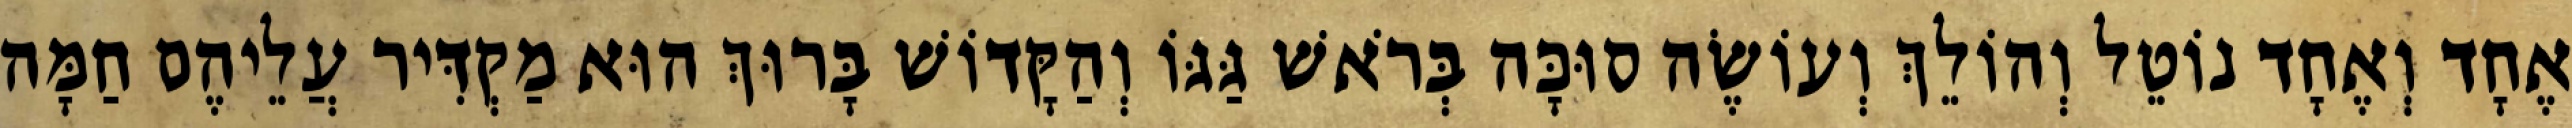
אֶחָד וְאֶחָד נוֹטֵל וְהוֹלֵךְ וְעוֹשֶׂה סוּכָּה בְּרֹאשׁ גַּגּוֹ וְהַקָּדוֹשׁ בָּרוּךְ הוּא מַקְדִּיר עֲלֵיהֶם חַמָּה